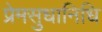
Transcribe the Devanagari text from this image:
प्रेमसुधानिधि